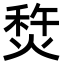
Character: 㷏